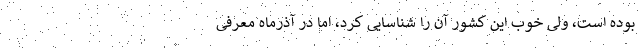
بوده است، ولی خوب این کشور آن را شناسایی کرد، اما در آذرماه معرفی